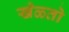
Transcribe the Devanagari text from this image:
खेळ्तो